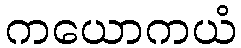
ကယောကယံ